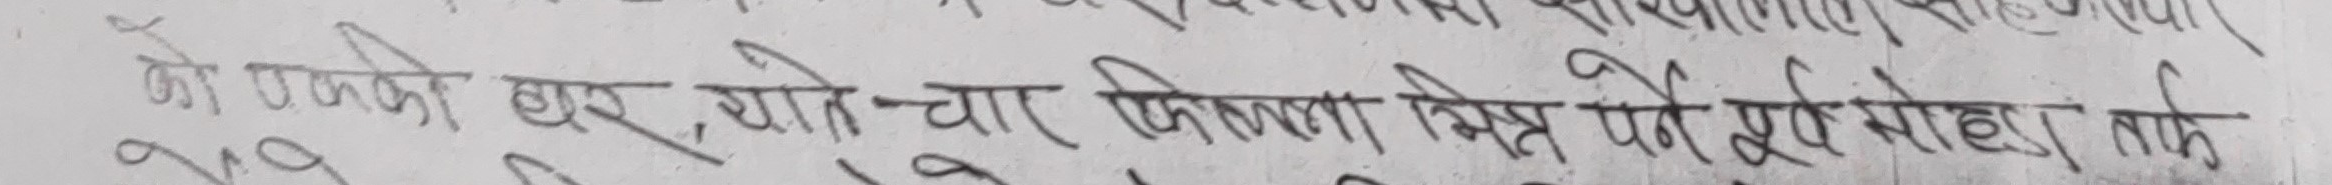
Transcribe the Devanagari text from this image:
को उनको घर, खोत-चार फिरला मित्र पर्ने पूर्व मोहा तकि